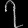
Digit: ၇